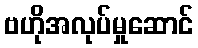
ဗဟိုအလုပ်မှုဆောင်